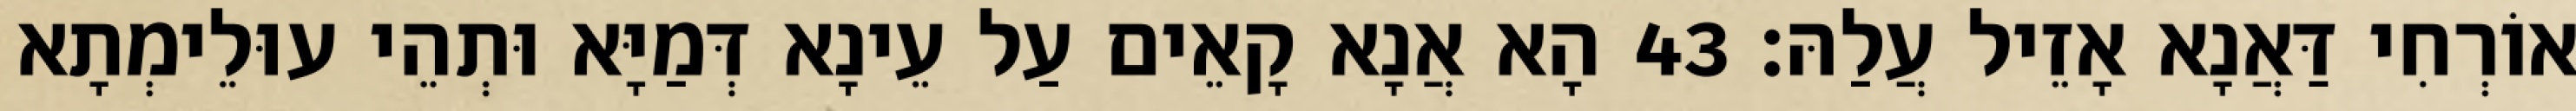
אוֹרְחִי דַּאֲנָא אָזֵיל עֲלַהּ׃ 43 הָא אֲנָא קָאֵים עַל עֵינָא דְּמַיָּא וּתְהֵי עוּלֵימְתָא